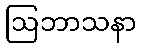
ဩဘာသနာ